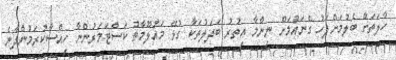
ހާލަތަށް ބެލުމަށްފަހު ގެނައުމަށް ނިންމާ އިތުރު ބަދަލުތަކާ ގުޅޭ މައުލޫމާތު ކަސްޓަމަރުންނާ ހިއްސާކުރަމުންދާނެ